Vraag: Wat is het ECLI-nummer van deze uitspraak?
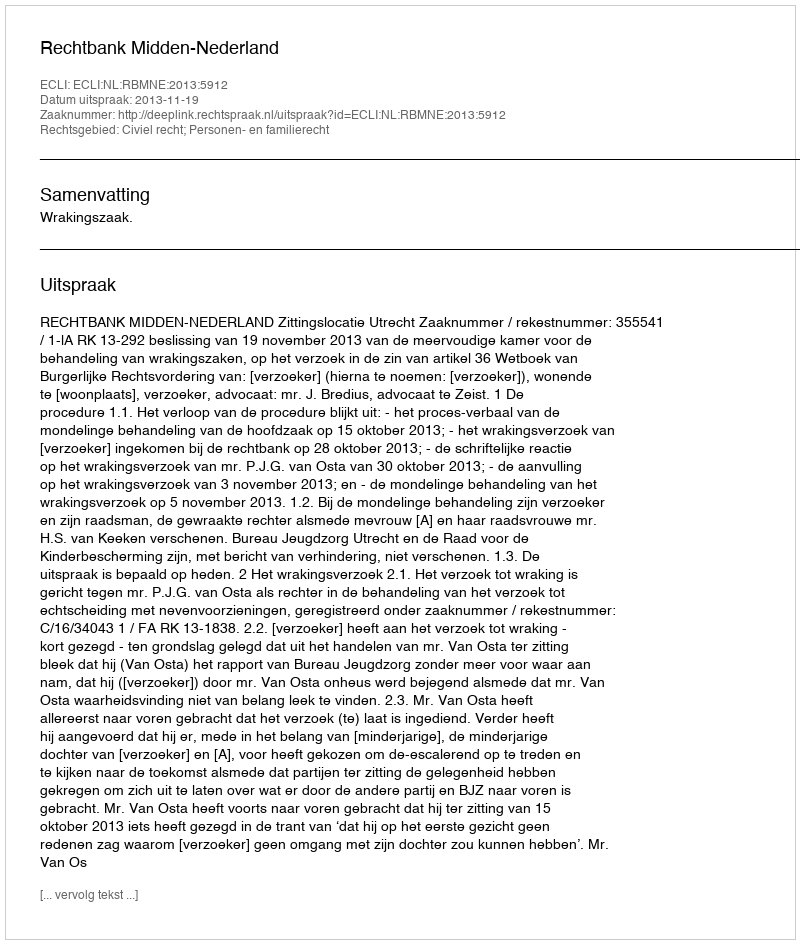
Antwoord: ECLI:NL:RBMNE:2013:5912